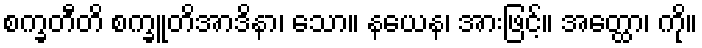
စက္ခတီတိ စက္ခူတိအာဒိနာ၊ သော။ နယေန၊ အားဖြင့်။ အတ္ထော၊ ကို။